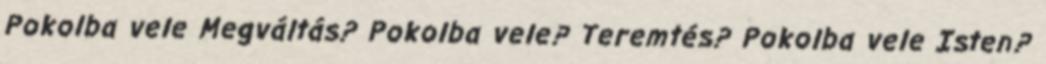
Pokolba vele Megváltás? Pokolba vele? Teremtés? Pokolba vele Isten?